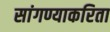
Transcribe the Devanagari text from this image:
सांगण्याकरिता